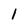
Character: 1